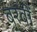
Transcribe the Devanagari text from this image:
बरवीं